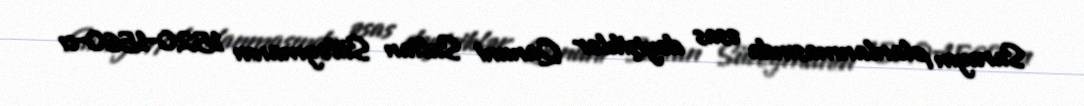
Sarayın planlanmasında əsas dəyişiklər Qanuni Sultan Süleymanın 1520–1560-cı